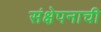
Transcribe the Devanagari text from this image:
संक्षेपनाची